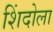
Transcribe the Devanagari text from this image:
शिंदोला